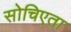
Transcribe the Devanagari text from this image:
सोचिएता